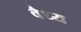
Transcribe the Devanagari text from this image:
वैध्य